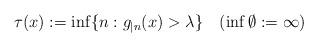
LaTeX: \begin{align*} \tau(x):=\inf\{n:g_{|n}(x)>\lambda\}\quad(\inf\emptyset:=\infty)\end{align*}